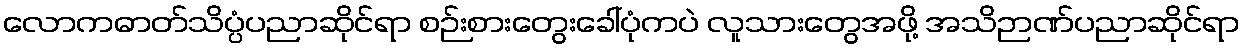
လောကဓာတ်သိပ္ပံပညာဆိုင်ရာ စဉ်းစားတွေးခေါ်ပုံကပဲ လူသားတွေအဖို့ အသိဉာဏ်ပညာဆိုင်ရာ